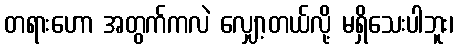
တရားဟော အတွက်ကလဲ လျှော့တယ်လို့ မရှိသေးပါဘူး၊